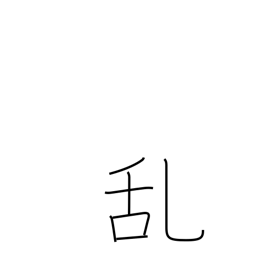
Meaning: disorder